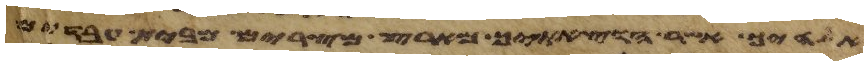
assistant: אלהיך אשר הוצאתיך מארץ מצרים מבית עבדים